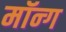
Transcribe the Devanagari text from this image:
मॉन्ग